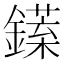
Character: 𨬘